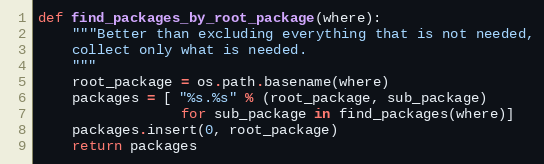
Language: Python
def find_packages_by_root_package(where):
    """Better than excluding everything that is not needed,
    collect only what is needed.
    """
    root_package = os.path.basename(where)
    packages = [ "%s.%s" % (root_package, sub_package)
                 for sub_package in find_packages(where)]
    packages.insert(0, root_package)
    return packages